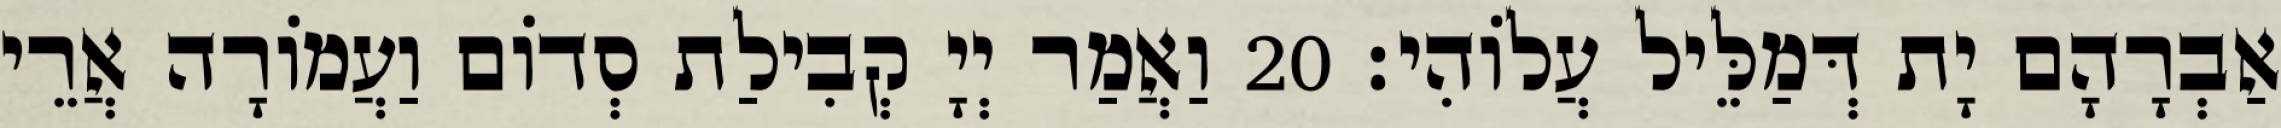
אַבְרָהָם יָת דְּמַלֵּיל עֲלוֹהִי׃ 20 וַאֲמַר יְיָ קְבִילַת סְדוֹם וַעֲמוֹרָה אֲרֵי